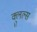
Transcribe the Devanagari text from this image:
क्लुल्स